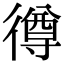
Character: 𢕰